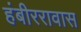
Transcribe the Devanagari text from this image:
हंबीररावास